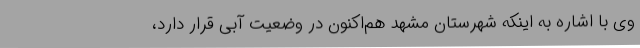
وی با اشاره به اینکه شهرستان مشهد هم‌اکنون در وضعیت آبی قرار دارد،